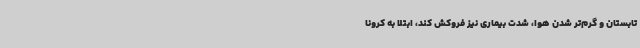
تابستان و گرم‌تر شدن هوا، شدت بیماری نیز فروکش کند، ابتلا به کرونا